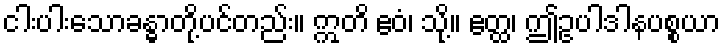
ငါးပါးသောခန္ဓာတို့ပင်တည်း။ ဣတိ ဧဝံ၊ သို့။ ဧတ္ထ၊ ဤဥပါဒါနပစ္စယာ